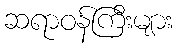
ဆရာဝန်ကြီးများ